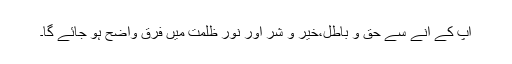
آپ کے آنے سے حق و باطل،خیر و شر اور نور ظلمت میں فرق واضح ہو جائے گا۔